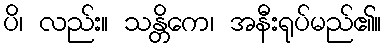
ပိ၊ လည်း။ သန္တိကေ၊ အနီးရုပ်မည်၏။